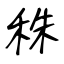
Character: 秼